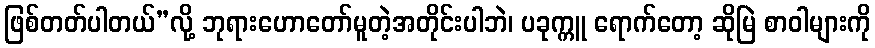
ဖြစ်တတ်ပါတယ်”လို့ ဘုရားဟောတော်မူတဲ့အတိုင်းပါဘဲ၊ ပခုက္ကူ ရောက်တော့ ဆိုမြဲ စာဝါများကို